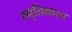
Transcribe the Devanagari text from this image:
स्मृतिशास्त्र